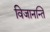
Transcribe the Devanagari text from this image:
विजानन्ति